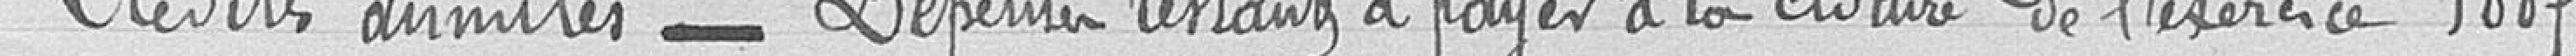
Crédits annulés - Dépenses restant à payer à la clôture de l'exercice 1887